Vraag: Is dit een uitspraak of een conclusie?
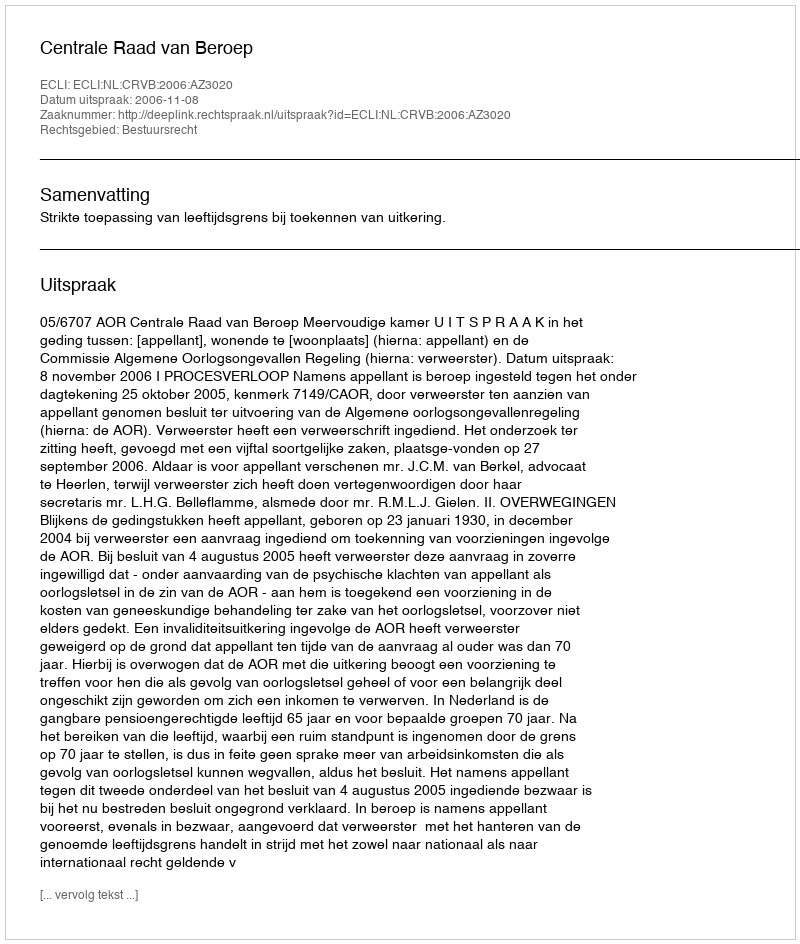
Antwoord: Uitspraak